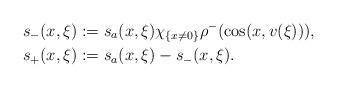
LaTeX: \begin{align*}s_-(x,\xi)&:=s_a(x,\xi)\chi_{\{x\neq0\}}\rho^-(\cos(x,v(\xi))), \\s_+(x,\xi)&:=s_a(x,\xi)-s_-(x,\xi).\end{align*}